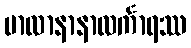
မာလာနာနာလင်္ကာရဿ